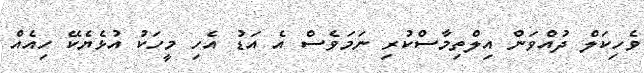
ވެހިކަލް ދުއްވަން އިލްތިމާސްކުރި ނަމަވެސް އެ އަޑު އެހި މީހަކު އުޅެޔެކޭ ހިއެއް